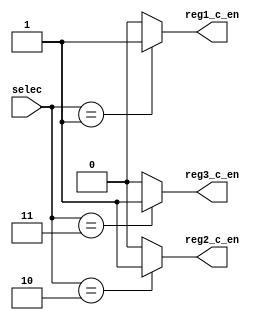
module  c_bus_demux(selec,reg1_c_en,reg2_c_en,reg3_c_en);
	input [1:0] selec;
	output reg1_c_en,reg2_c_en,reg3_c_en;
	
	assign reg1_c_en=(selec==2'b01) ? 1'b1: 1'b0;
	assign reg2_c_en=(selec==2'b10) ? 1'b1: 1'b0;
	assign reg3_c_en=(selec==2'b11) ? 1'b1: 1'b0;
	
	
endmodule